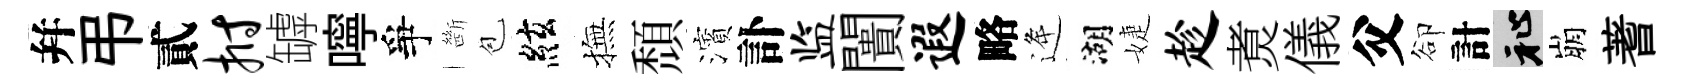
幷弔貳拊罅嚀爭㫁苞絃撫頹濱訃监闠遐略逄湖婕趁煑儀父卻計祉崩蓍